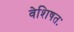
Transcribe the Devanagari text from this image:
वेशिषतः